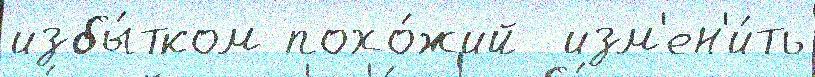
избы́тком похо́жий  изм'ен'и́ть